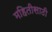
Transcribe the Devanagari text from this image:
महितीसाठी